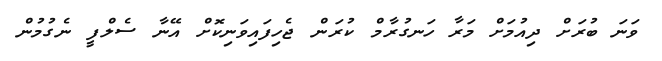
ވަނަ ބުރަށް ދިއުމަށް މަރާ ހަނގުރާމް ކުރަން ޖެހިފައިވަނިކޮށް އޭނާ ސެލްފީ ނެގުމުން